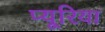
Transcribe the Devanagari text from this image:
प्यूरिया